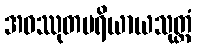
အဝဿုတပရိယာယသုတ္တံ